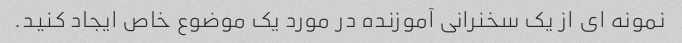
نمونه ای از یک سخنرانی آموزنده در مورد یک موضوع خاص ایجاد کنید.